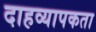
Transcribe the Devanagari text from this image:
दाहव्यापकता